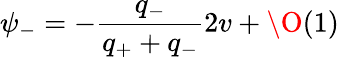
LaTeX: \psi_{-}=-\frac{q_{-}}{q_{+}+q_{-}}2v+\O(1)